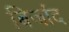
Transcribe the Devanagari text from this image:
बिर्जांद